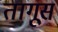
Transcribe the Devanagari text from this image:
तागूस